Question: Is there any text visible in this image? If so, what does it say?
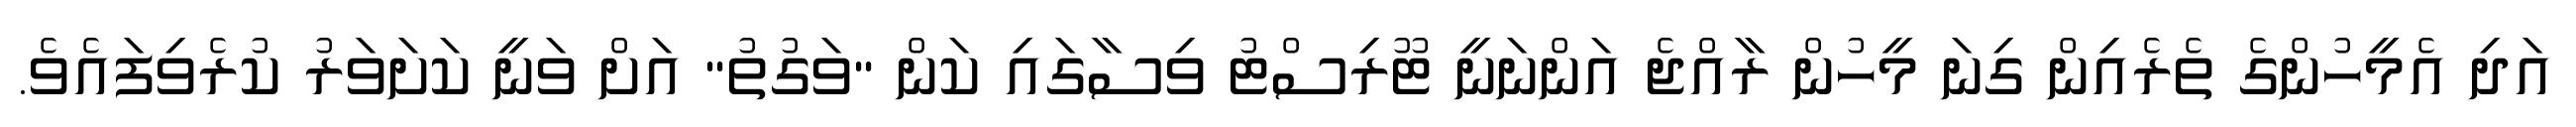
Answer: އަދި އެމީހުންގެ ތެރެއިން ގިނަ މީހުން ރާއްޖެ އަންނަނީ ޓޫރިސްޓު ވިސާގައި ކަން "ވަގުތު" އަށް ވަނީ ކަށަވަރު ކުރެވިފައެވެ.